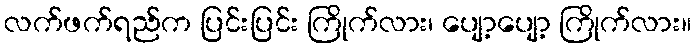
လက်ဖက်ရည်က ပြင်းပြင်း ကြိုက်လား၊ ပျော့ပျော့ ကြိုက်လား။